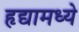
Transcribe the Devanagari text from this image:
हृद्यामध्ये